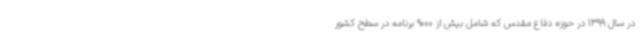
در سال 1399 در حوزه دفاع مقدس که شامل بیش از 9000 برنامه در سطح کشور